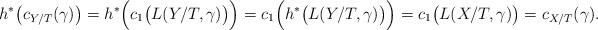
LaTeX: \begin{align*}h^*\big(c_{Y/T}(\gamma)\big) = h^*\Big( c_1\big(L(Y/T,\gamma)\big)\Big) = c_1\Big(h^*\big(L(Y/T,\gamma)\big)\Big)= c_1\big(L(X/T, \gamma)\big) = c_{X/T}(\gamma).\end{align*}